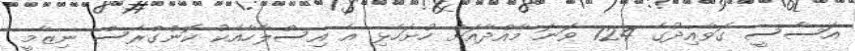
އަސާސީ ގަވާއިދުގެ 124 ވަނަ މާއްދާއަށް ހުށަހެޅި އެ އިސްލާހާއެކު ކޮންގްރެސް ނިޒާމީ